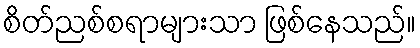
စိတ်ညစ်စရာများသာ ဖြစ်နေသည်။